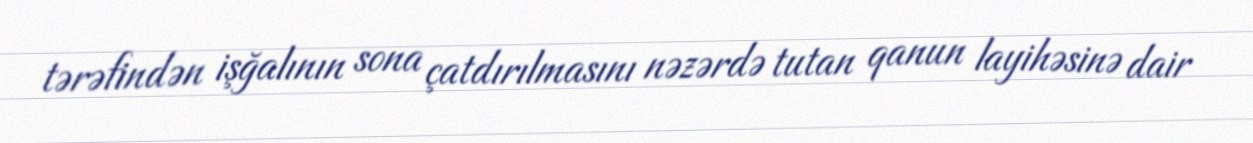
tərəfindən işğalının sona çatdırılmasını nəzərdə tutan qanun layihəsinə dair